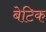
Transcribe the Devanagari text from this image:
बेटिक